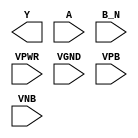
module sky130_fd_sc_ls__nor2b (
    Y   ,
    A   ,
    B_N ,
    VPWR,
    VGND,
    VPB ,
    VNB
);

    output Y   ;
    input  A   ;
    input  B_N ;
    input  VPWR;
    input  VGND;
    input  VPB ;
    input  VNB ;
endmodule